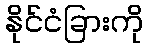
နိုင်ငံခြားကို